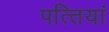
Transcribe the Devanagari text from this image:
पत्‍तियां